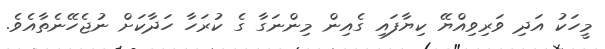
މީހަކު އަދި ވަރިވިއްޔޭ ކިޔާފައި ގެއިން މިންނަގާ ގެ ކުރަހާ ހަދާކަށް ނުޖެހޭނެތާއެވެ.